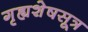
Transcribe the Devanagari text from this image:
गृह्यशेषसूत्र